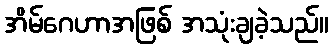
အိမ်ဂေဟာအဖြစ် အသုံးချခဲ့သည်။